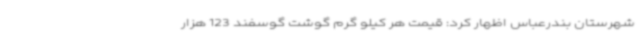
شهرستان بندرعباس اظهار کرد: قیمت هر کیلو گرم گوشت گوسفند 123 هزار